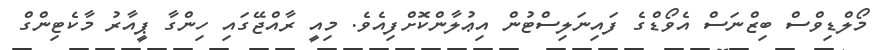
މޯލްޑިވްސް ބިޒްނަސް އެވޯޑްގެ ފައިނަލިސްޓުން އިޢުލާންކޮށްފިއެވެ. މިއީ ރާއްޖޭގައި ހިންގާ ޕީއާރު މާކެޓިންގް